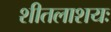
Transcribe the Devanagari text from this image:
शीतलाशयः